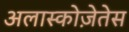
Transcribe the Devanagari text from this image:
अलास्कोज़ेतेस